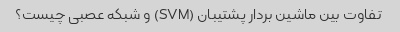
تفاوت بین ماشین بردار پشتیبان (SVM) و شبکه عصبی چیست؟